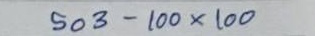
503 - 100 x 100